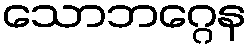
သောဘဂ္ဂေန